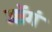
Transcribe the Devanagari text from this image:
जोंगं